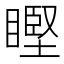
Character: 𥉸